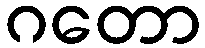
ဂတော